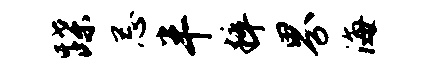
蹀忌半粹界海